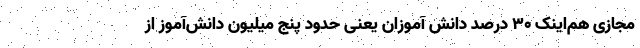
مجازی هم‌اینک ۳۰ درصد دانش آموزان یعنی حدود پنج میلیون دانش‌آموز از